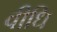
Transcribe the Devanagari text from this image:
वीधि